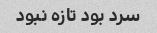
سرد بود تازه نبود